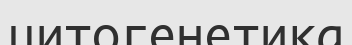
цитогенетика